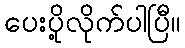
ပေးပို့လိုက်ပါပြီ။